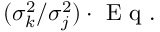
( \sigma _ { k } ^ { 2 } / \sigma _ { j } ^ { 2 } ) \cdot \mathrm { ~ E ~ q ~ . ~ }